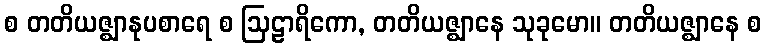
စ တတိယဇ္ဈာနုပစာရေ စ ဩဠာရိကော, တတိယဇ္ဈာနေ သုခုမော။ တတိယဇ္ဈာနေ စ